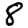
Digit: 8